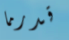
قدرما